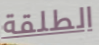
الطلقة